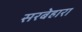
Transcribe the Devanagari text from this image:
सरबेहारा